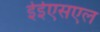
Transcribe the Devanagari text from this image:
ईईएसएल